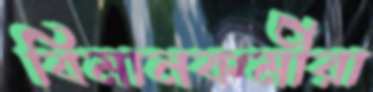
বিমানকর্মীরা